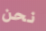
نحن